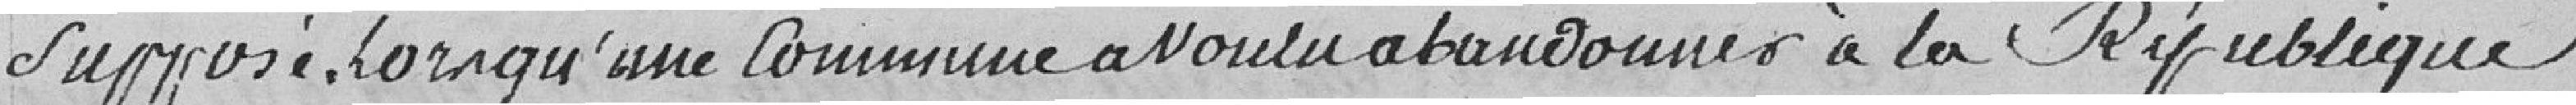
supposé. Lorsqu'une commune a voulu abandonner à la République